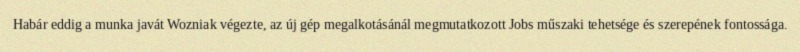
Habár eddig a munka javát Wozniak végezte, az új gép megalkotásánál megmutatkozott Jobs műszaki tehetsége és szerepének fontossága.